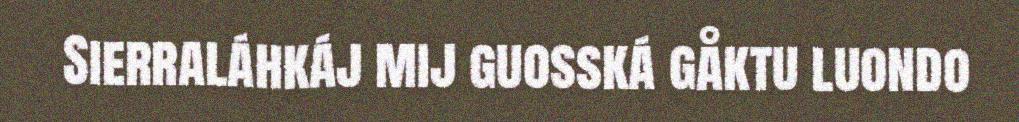
Sierraláhkáj mij guosská gåktu luondo